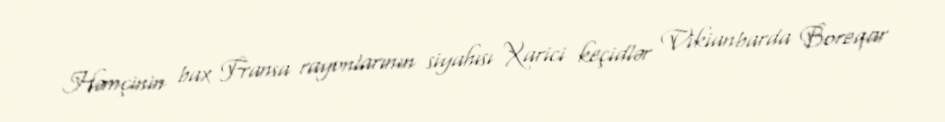
Həmçinin bax Fransa rayonlarının siyahısı Xarici keçidlər Vikianbarda Boreqar